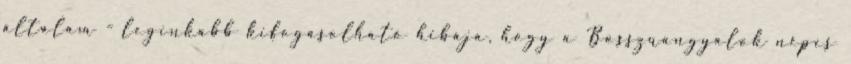
általam - leginkább kifogásolható hibája, hogy a Bosszúangyalok népes